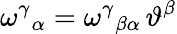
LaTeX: \omega^{\gamma}{}_{\alpha}=\omega^{\gamma}{}_{\beta\alpha}\, \vartheta^{\beta}